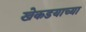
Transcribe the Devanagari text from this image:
खेकडयाच्या